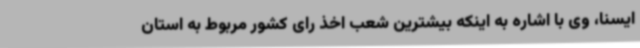
ایسنا، وی با اشاره به اینکه بیشترین شعب اخذ رای کشور مربوط به استان